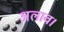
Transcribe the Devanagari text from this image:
अलाव।